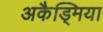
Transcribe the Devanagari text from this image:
अकैड्मिया